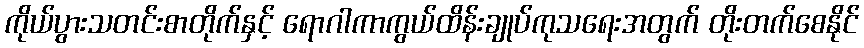
ကိုယ်ပွားသတင်းစာတိုက်နှင့် ရောဂါကာကွယ်ထိန်းချုပ်ကုသရေးအတွက် တိုးတက်စေနိုင်